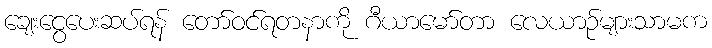
ချေးငွေပေးဆပ်ရန် တော်ဝင်ရတနာကို ဂီယာမော်တာ လေယာဉ်များသာမက